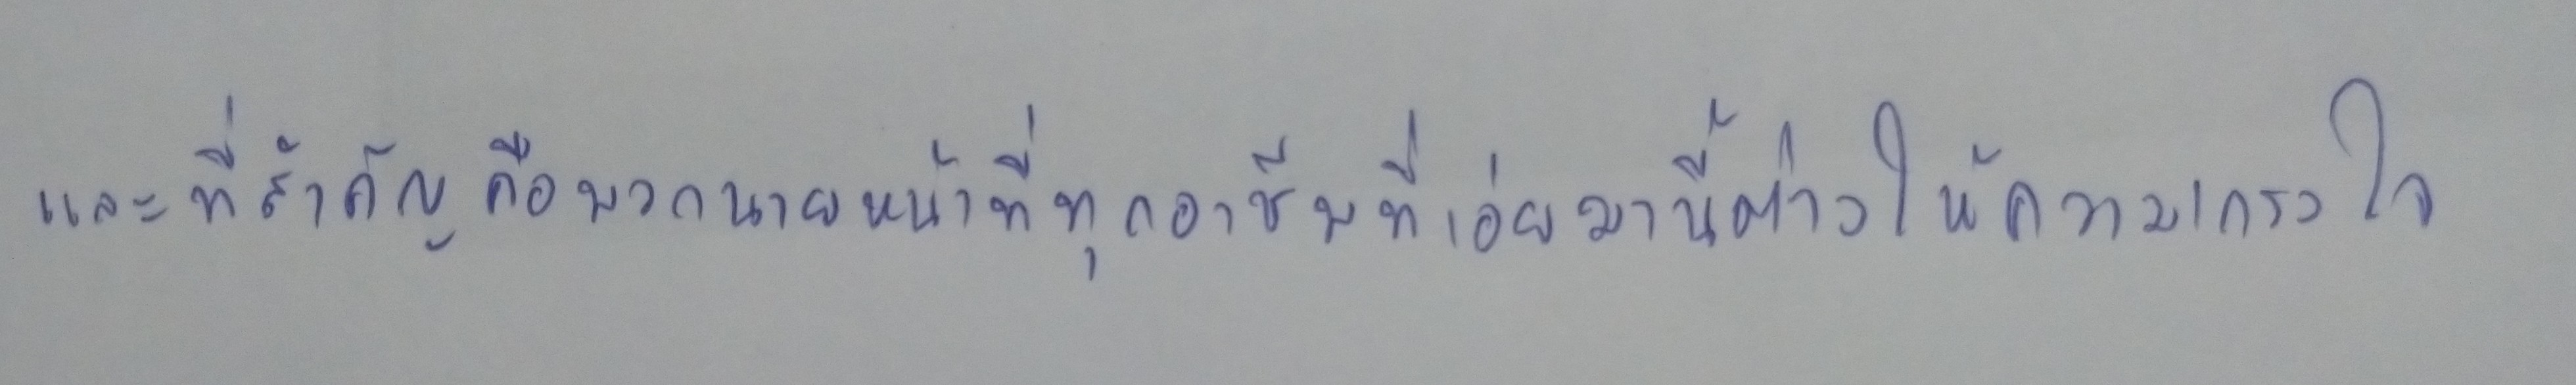
และที่สำคัญคือพวกนายหน้าที่ทุกอาชีพที่เอ่ยมานี้ต่างให้ความเกรงใจ